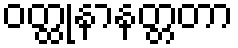
ဝတ္ထုနာနတ္တတာ